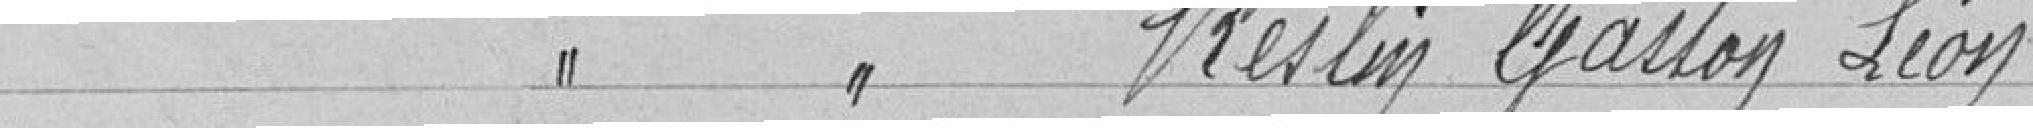
Classe 1926 RESLIN Gaston Léon